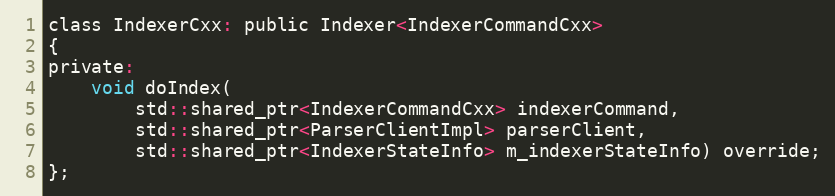
Language: C
class IndexerCxx: public Indexer<IndexerCommandCxx>
{
private:
	void doIndex(
		std::shared_ptr<IndexerCommandCxx> indexerCommand,
		std::shared_ptr<ParserClientImpl> parserClient,
		std::shared_ptr<IndexerStateInfo> m_indexerStateInfo) override;
};